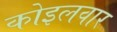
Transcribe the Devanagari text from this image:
कोइलवार